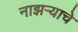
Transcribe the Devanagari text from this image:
नाझऱ्याचे